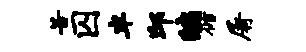
苦囚半邱编循屠